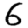
Digit: 6